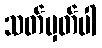
သတ်မှတ်ပါ